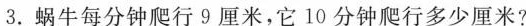
3.蜗牛每分钟爬行9厘米，它10分钟爬行多少厘米?